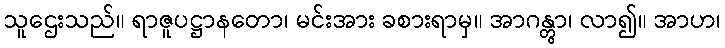
သူဌေးသည်။ ရာဇူပဋ္ဌာနတော၊ မင်းအား ခစားရာမှ။ အာဂန္တွာ၊ လာ၍။ အာဟ၊